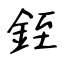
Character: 銍